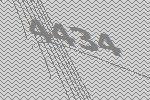
4434